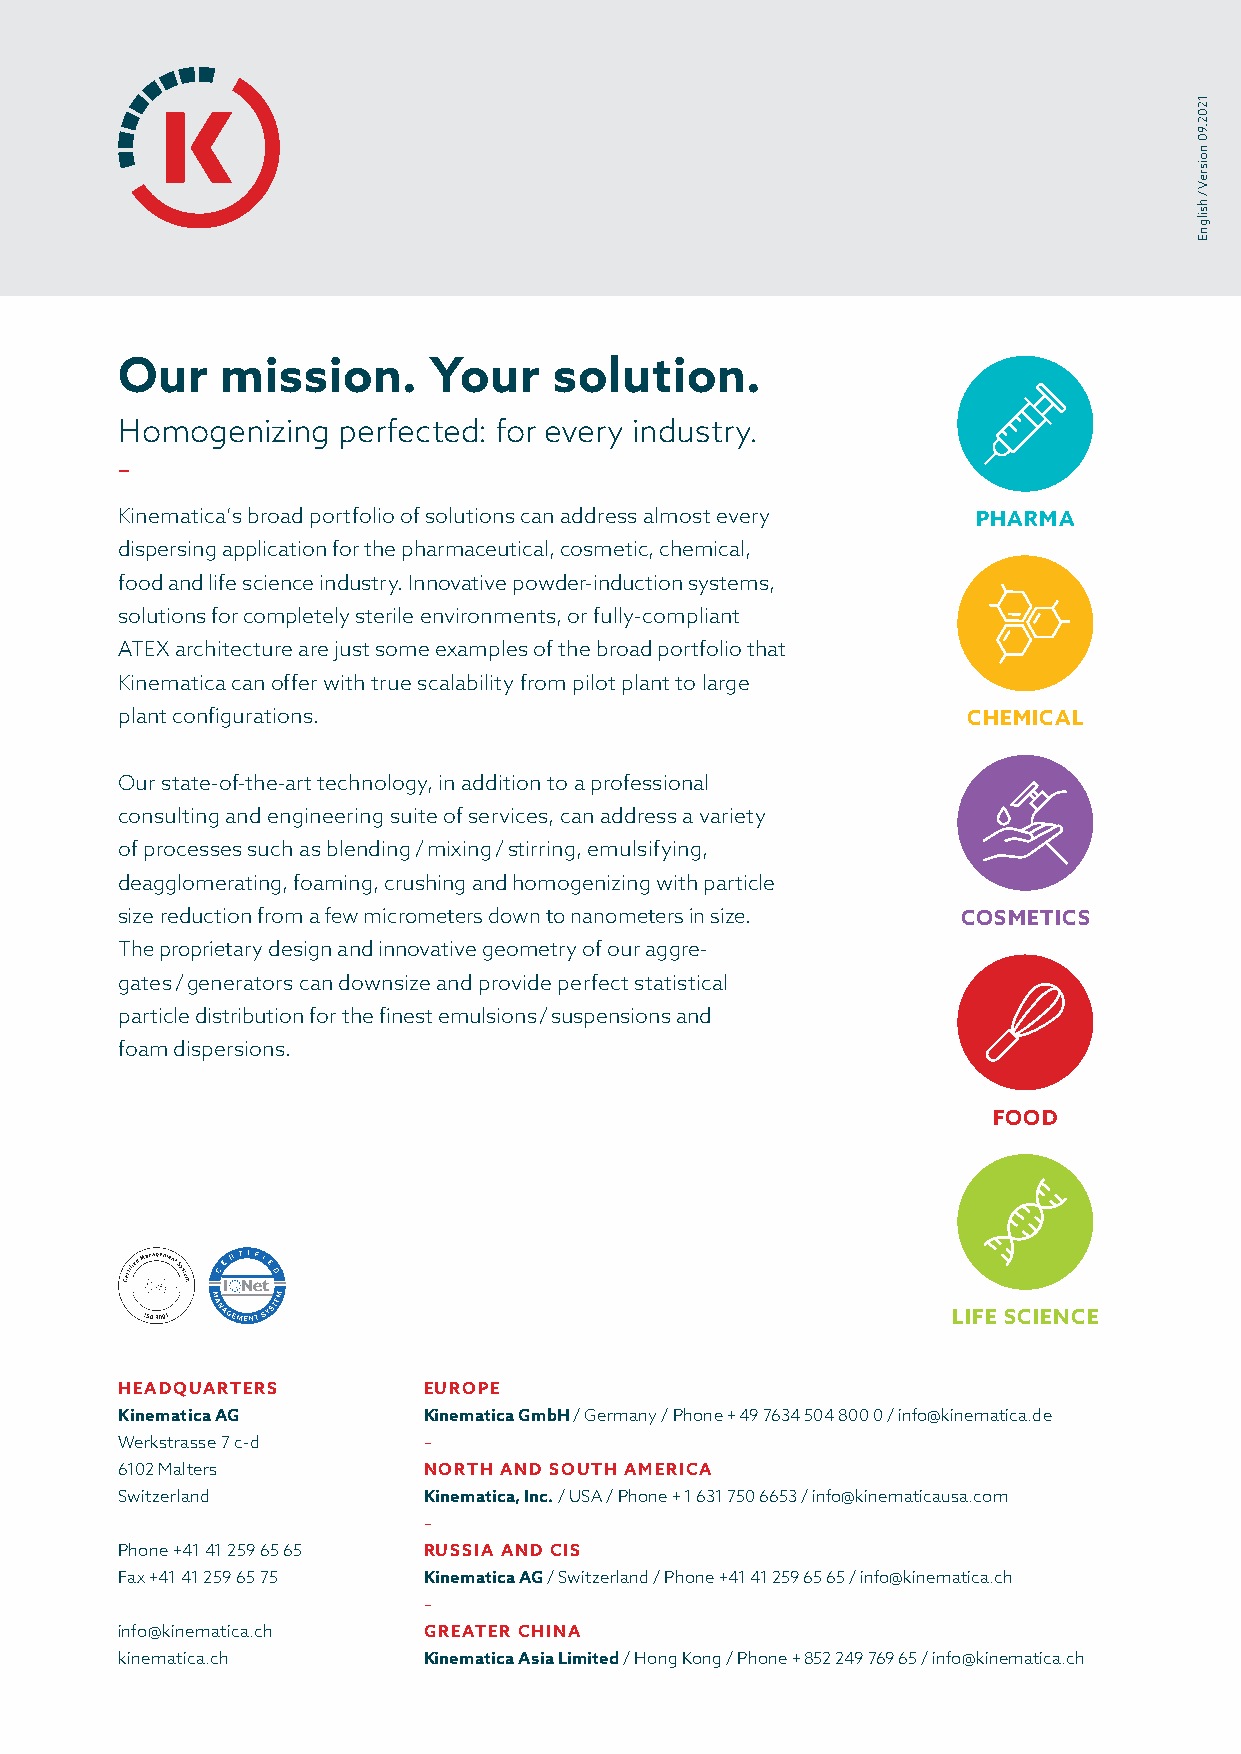
Our    mission.      Your    solution.
 Homogenizing  perfected: for every industry.
 –
 Kinematica’s broad portfolio of solutions can address almost every PHARMA
 dispersing application for the pharmaceutical, cosmetic, chemical,
 food and life science industry. Innovative powder-induction systems,
 solutions for completely sterile environments, or fully-compliant
 ATEX architecture are just some examples of the broad portfolio that
 Kinematica can offer with true scalability from pilot plant to large
 plant configurations.                                   CHEMICAL
 Our state-of-the-art technology, in addition to a professional
 consulting and engineering suite of services, can address a variety
 of processes such as blending / mixing / stirring, emulsifying,
 deagglomerating, foaming, crushing and homogenizing with particle
 size reduction from a few micrometers down to nanometers i n size. COSMETICS
 The proprietary design and innovative geometry of our aggre-
 gates / generators can downsize and provide perfect statistical
 particle distribution for the finest emulsions / suspensions and
 foam dispersions.
 FOOD
 LIFE SCIENCE
 HEADQUARTERS        EUROPE
 Kinematica AG       Kinematica GmbH / Germany / Phone + 49 7634 504 800 0 / info@kinematica.de
 Werkstrasse 7 c-d   –
 6102 Malters        NORTH AND SOUTH AMERICA
 Switzerland         Kinematica, Inc. / USA / Phone + 1 631 750 6653 / info@kinematicausa.com
 –
 Phone +41 41 259 65 65 RUSSIA AND CIS
 Fax +41 41 259 65 75 Kinematica AG / Switzerland / Phone +41 41 259 65 65 / info@kinematica.ch
 –
 info@kinematica.ch  GREATER CHINA
 kinematica.ch       Kinematica Asia Limited / Hong Kong / Phone + 852 249 769 65 / info@kinematica.ch
 1202.90
 noisreV
 /
 hsilgnE